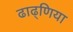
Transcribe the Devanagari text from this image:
ढाढ्णिया